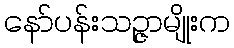
နော်ပန်းသဉ္ဇာမျိုးက